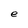
Character: e